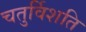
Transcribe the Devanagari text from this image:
चतुर्विशति